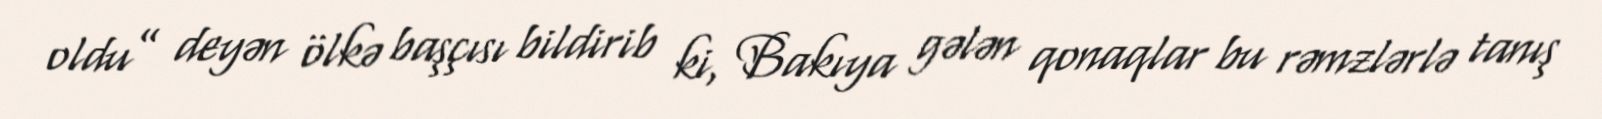
oldu” deyən ölkə başçısı bildirib ki, Bakıya gələn qonaqlar bu rəmzlərlə tanış